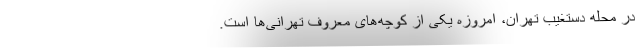
در محله دستغیب تهران، امروزه یکی از کوچه‌های معروف تهرانی‌ها است.